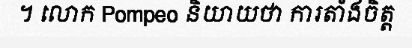
។ លោក Pompeo និយាយថា ការតាំងចិត្ត